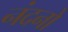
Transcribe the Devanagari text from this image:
नंदनो